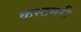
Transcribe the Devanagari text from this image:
कस्टमरी